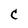
Character: C